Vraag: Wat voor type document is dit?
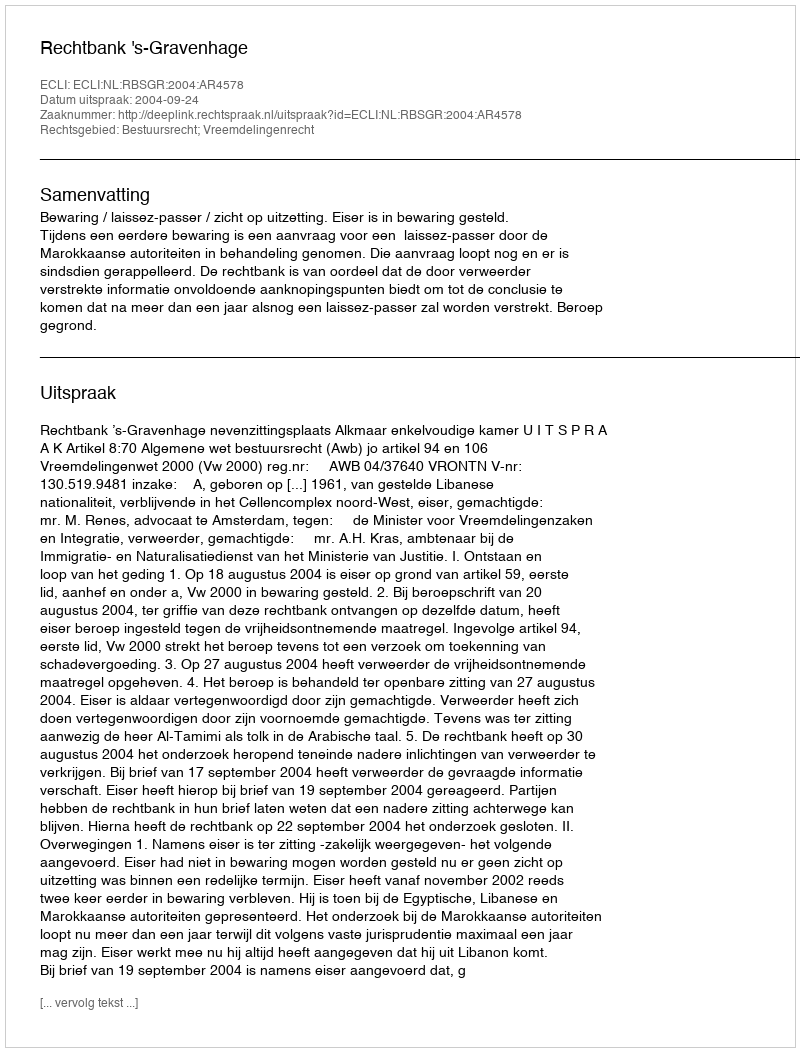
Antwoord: Uitspraak